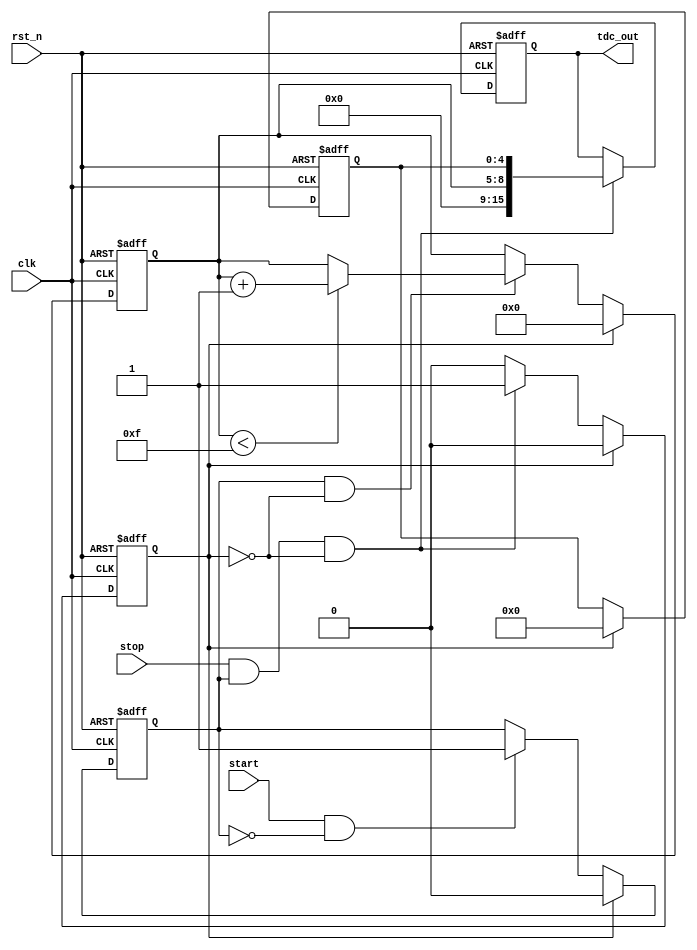
module TDC_Vernier_Delay_Line (
    input wire clk,          // System clock
    input wire rst_n,       // Active-low reset
    input wire start,       // Start pulse
    input wire stop,        // Stop pulse
    output reg [15:0] tdc_out // 16-bit output for time interval
);

// Parameters for delay line settings
parameter COARSE_DELAY_SIZE = 16; // Number of coarse delay elements
parameter FINE_DELAY_SIZE = 32;    // Number of fine delay elements
parameter COARSE_DELAY_INCREMENT = 10; // Coarse delay increment in ns
parameter FINE_DELAY_INCREMENT = 1;    // Fine delay increment in ns

// Coarse and Fine Delay Lines
reg [COARSE_DELAY_SIZE-1:0] coarse_delay_line;
reg [FINE_DELAY_SIZE-1:0] fine_delay_line;

// Internal signals
reg [3:0] coarse_count = 0; // Coarse delay index
reg [4:0] fine_count = 0;    // Fine delay index
reg start_flag = 0;          // Indicates start pulse captured
reg stop_flag = 0;           // Indicates stop pulse captured

// Control Logic
always @(posedge clk or negedge rst_n) begin
    if (!rst_n) begin
        coarse_delay_line <= 0;
        fine_delay_line <= 0;
        coarse_count <= 0;
        fine_count <= 0;
        tdc_out <= 0;
        start_flag <= 0;
        stop_flag <= 0;
    end else begin
        // Capture Start Pulse
        if (start && !start_flag) begin
            start_flag <= 1; // Set flag to indicate start captured
            coarse_delay_line[coarse_count] <= 1; // Activate coarse delay line
        end
        
        // Capture Stop Pulse
        if (stop && start_flag && !stop_flag) begin
            stop_flag <= 1; // Set flag to indicate stop captured
            
            // Activate fine delay line
            fine_delay_line[fine_count] <= 1;
            tdc_out <= {coarse_count, fine_count}; // Combine both counts as output
        end

        // Increment counters for coarse and fine delay lines
        if (start_flag && !stop_flag) begin
            if (coarse_count < COARSE_DELAY_SIZE - 1) begin
                coarse_count <= coarse_count + 1;
            end
        end
        
        if (stop_flag) begin
            if (fine_count < FINE_DELAY_SIZE - 1) begin
                fine_count <= fine_count + 1;
            end
        end
        
        // Reset flags after measuring
        if (stop_flag) begin
            start_flag <= 0;
            stop_flag <= 0;
            coarse_count <= 0;
            fine_count <= 0;
            coarse_delay_line <= 0;
            fine_delay_line <= 0;
        end
    end
end

endmodule